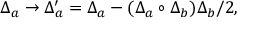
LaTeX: \Delta _ { a } \rightarrow \Delta _ { a } ^ { \prime } = \Delta _ { a } - ( \Delta _ { a } \circ \Delta _ { b } ) \Delta _ { b } / 2 ,